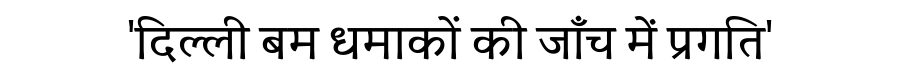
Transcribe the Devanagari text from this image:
'दिल्ली बम धमाकों की जाँच में प्रगति'